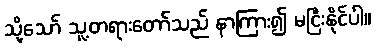
သို့သော် သူ့တရားတော်သည် နာကြား၍ မငြီးနိုင်ပါ။